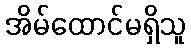
အိမ်ထောင်မရှိသူ